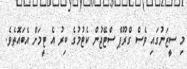
މި ސީޒަނުގައި ވެސް ގްރޫޕް ސްޓޭޖުން ކެޓުމުގެ ބިރު އެ ޓީމަށް އެބައޮތެވެ.